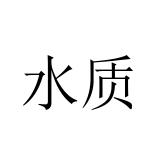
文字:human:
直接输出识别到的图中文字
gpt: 水质